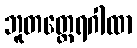
ဘူတတ္ထေရဂါထာ